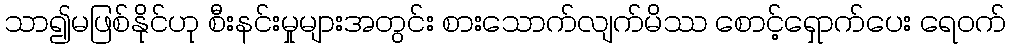
သာ၍မဖြစ်နိုင်ဟု စီးနင်းမှုများအတွင်း စားသောက်လျက်မိဿ စောင့်ရှောက်ပေး ရေဝက်